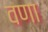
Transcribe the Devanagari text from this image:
वणा